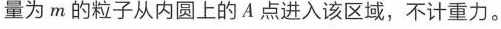
量为m的粒子从内圆上的A点进入该区域，不计重力。